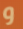
و